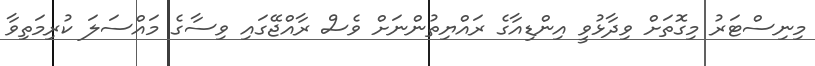
މިނިސްޓަރު މިގޮތަށް ވިދާޅުވީ އިންޑިއާގެ ރައްޔިތުންނަށް ވެސް ރާއްޖޭގައި ވިސާގެ މައްސަލަ ކުރިމަތިވާ